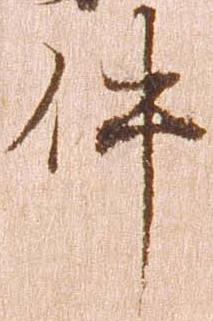
件